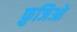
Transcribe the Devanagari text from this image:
फ़ुजिओ